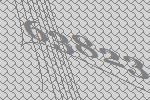
63823